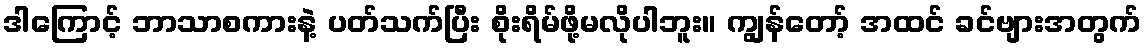
ဒါကြောင့် ဘာသာစကားနဲ့ ပတ်သက်ပြီး စိုးရိမ်ဖို့မလိုပါဘူး။ ကျွန်တော့် အထင် ခင်ဗျားအတွက်